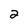
Character: 2